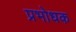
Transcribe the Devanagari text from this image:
प्रभोधक